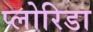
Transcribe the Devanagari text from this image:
प्लोरिडा